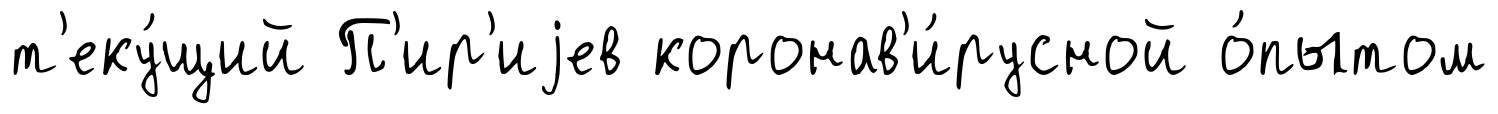
т'еку́щий П'ир'иjев коронав'и́русной о́пытом